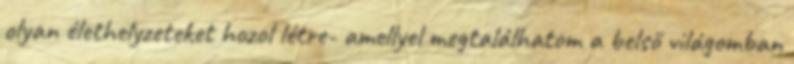
olyan élethelyzeteket hozol létre- amellyel megtalálhatom a belső világomban